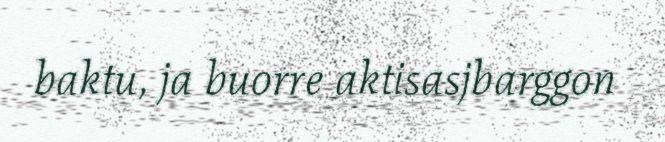
baktu, ja buorre aktisasjbarggon